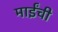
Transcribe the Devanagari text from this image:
माईंची